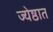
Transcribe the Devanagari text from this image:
ज्येष्ठात